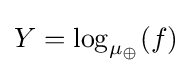
Y=\log _{\mu _{\oplus }}(f)